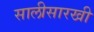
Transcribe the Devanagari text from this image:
सालीसारखी